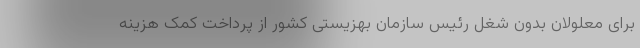
برای معلولان بدون شغل رئیس سازمان بهزیستی کشور از پرداخت کمک هزینه